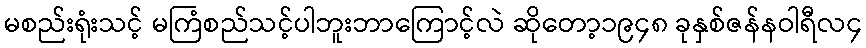
မစည်းရုံးသင့် မကြံစည်သင့်ပါဘူးဘာကြောင့်လဲ ဆိုတော့၁၉၄၈ ခုနှစ်ဇန်နဝါရီလ၄